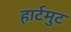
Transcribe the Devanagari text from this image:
हार्टमुट